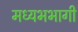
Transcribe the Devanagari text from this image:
मध्यभभागी